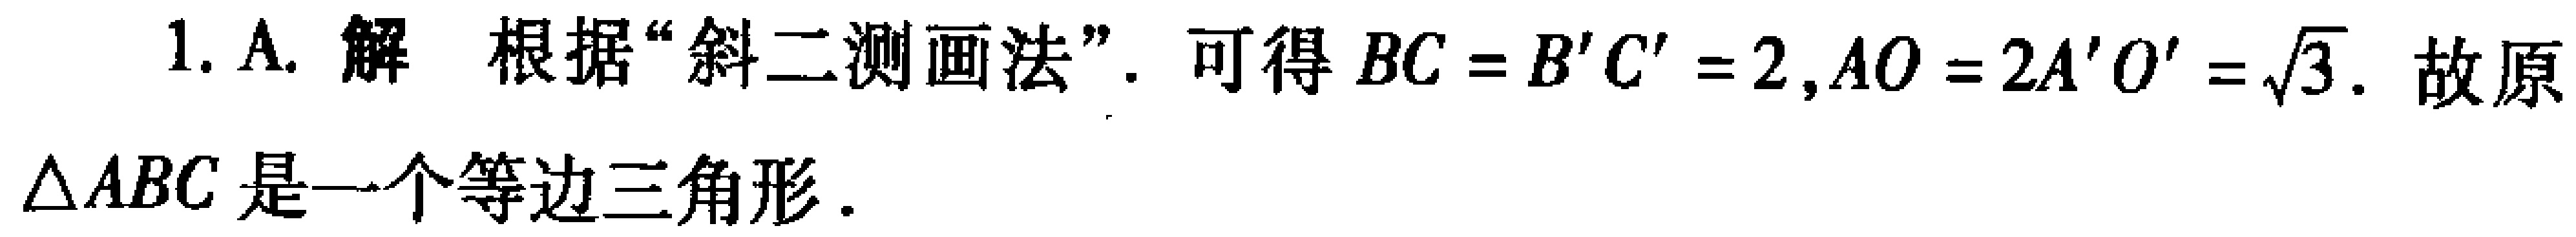
1. A. 解 根据“斜二测画法”. 可得 \(BC = B'C' = 2,AO = 2A'O'=\sqrt{3}\). 故原
\(\triangle ABC\) 是一个等边三角形.